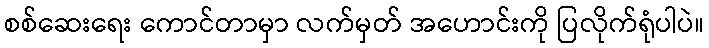
စစ်ဆေးရေး ကောင်တာမှာ လက်မှတ် အဟောင်းကို ပြလိုက်ရုံပါပဲ။